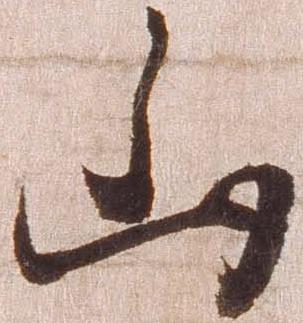
山